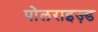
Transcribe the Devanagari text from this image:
पोलराइज़्ड